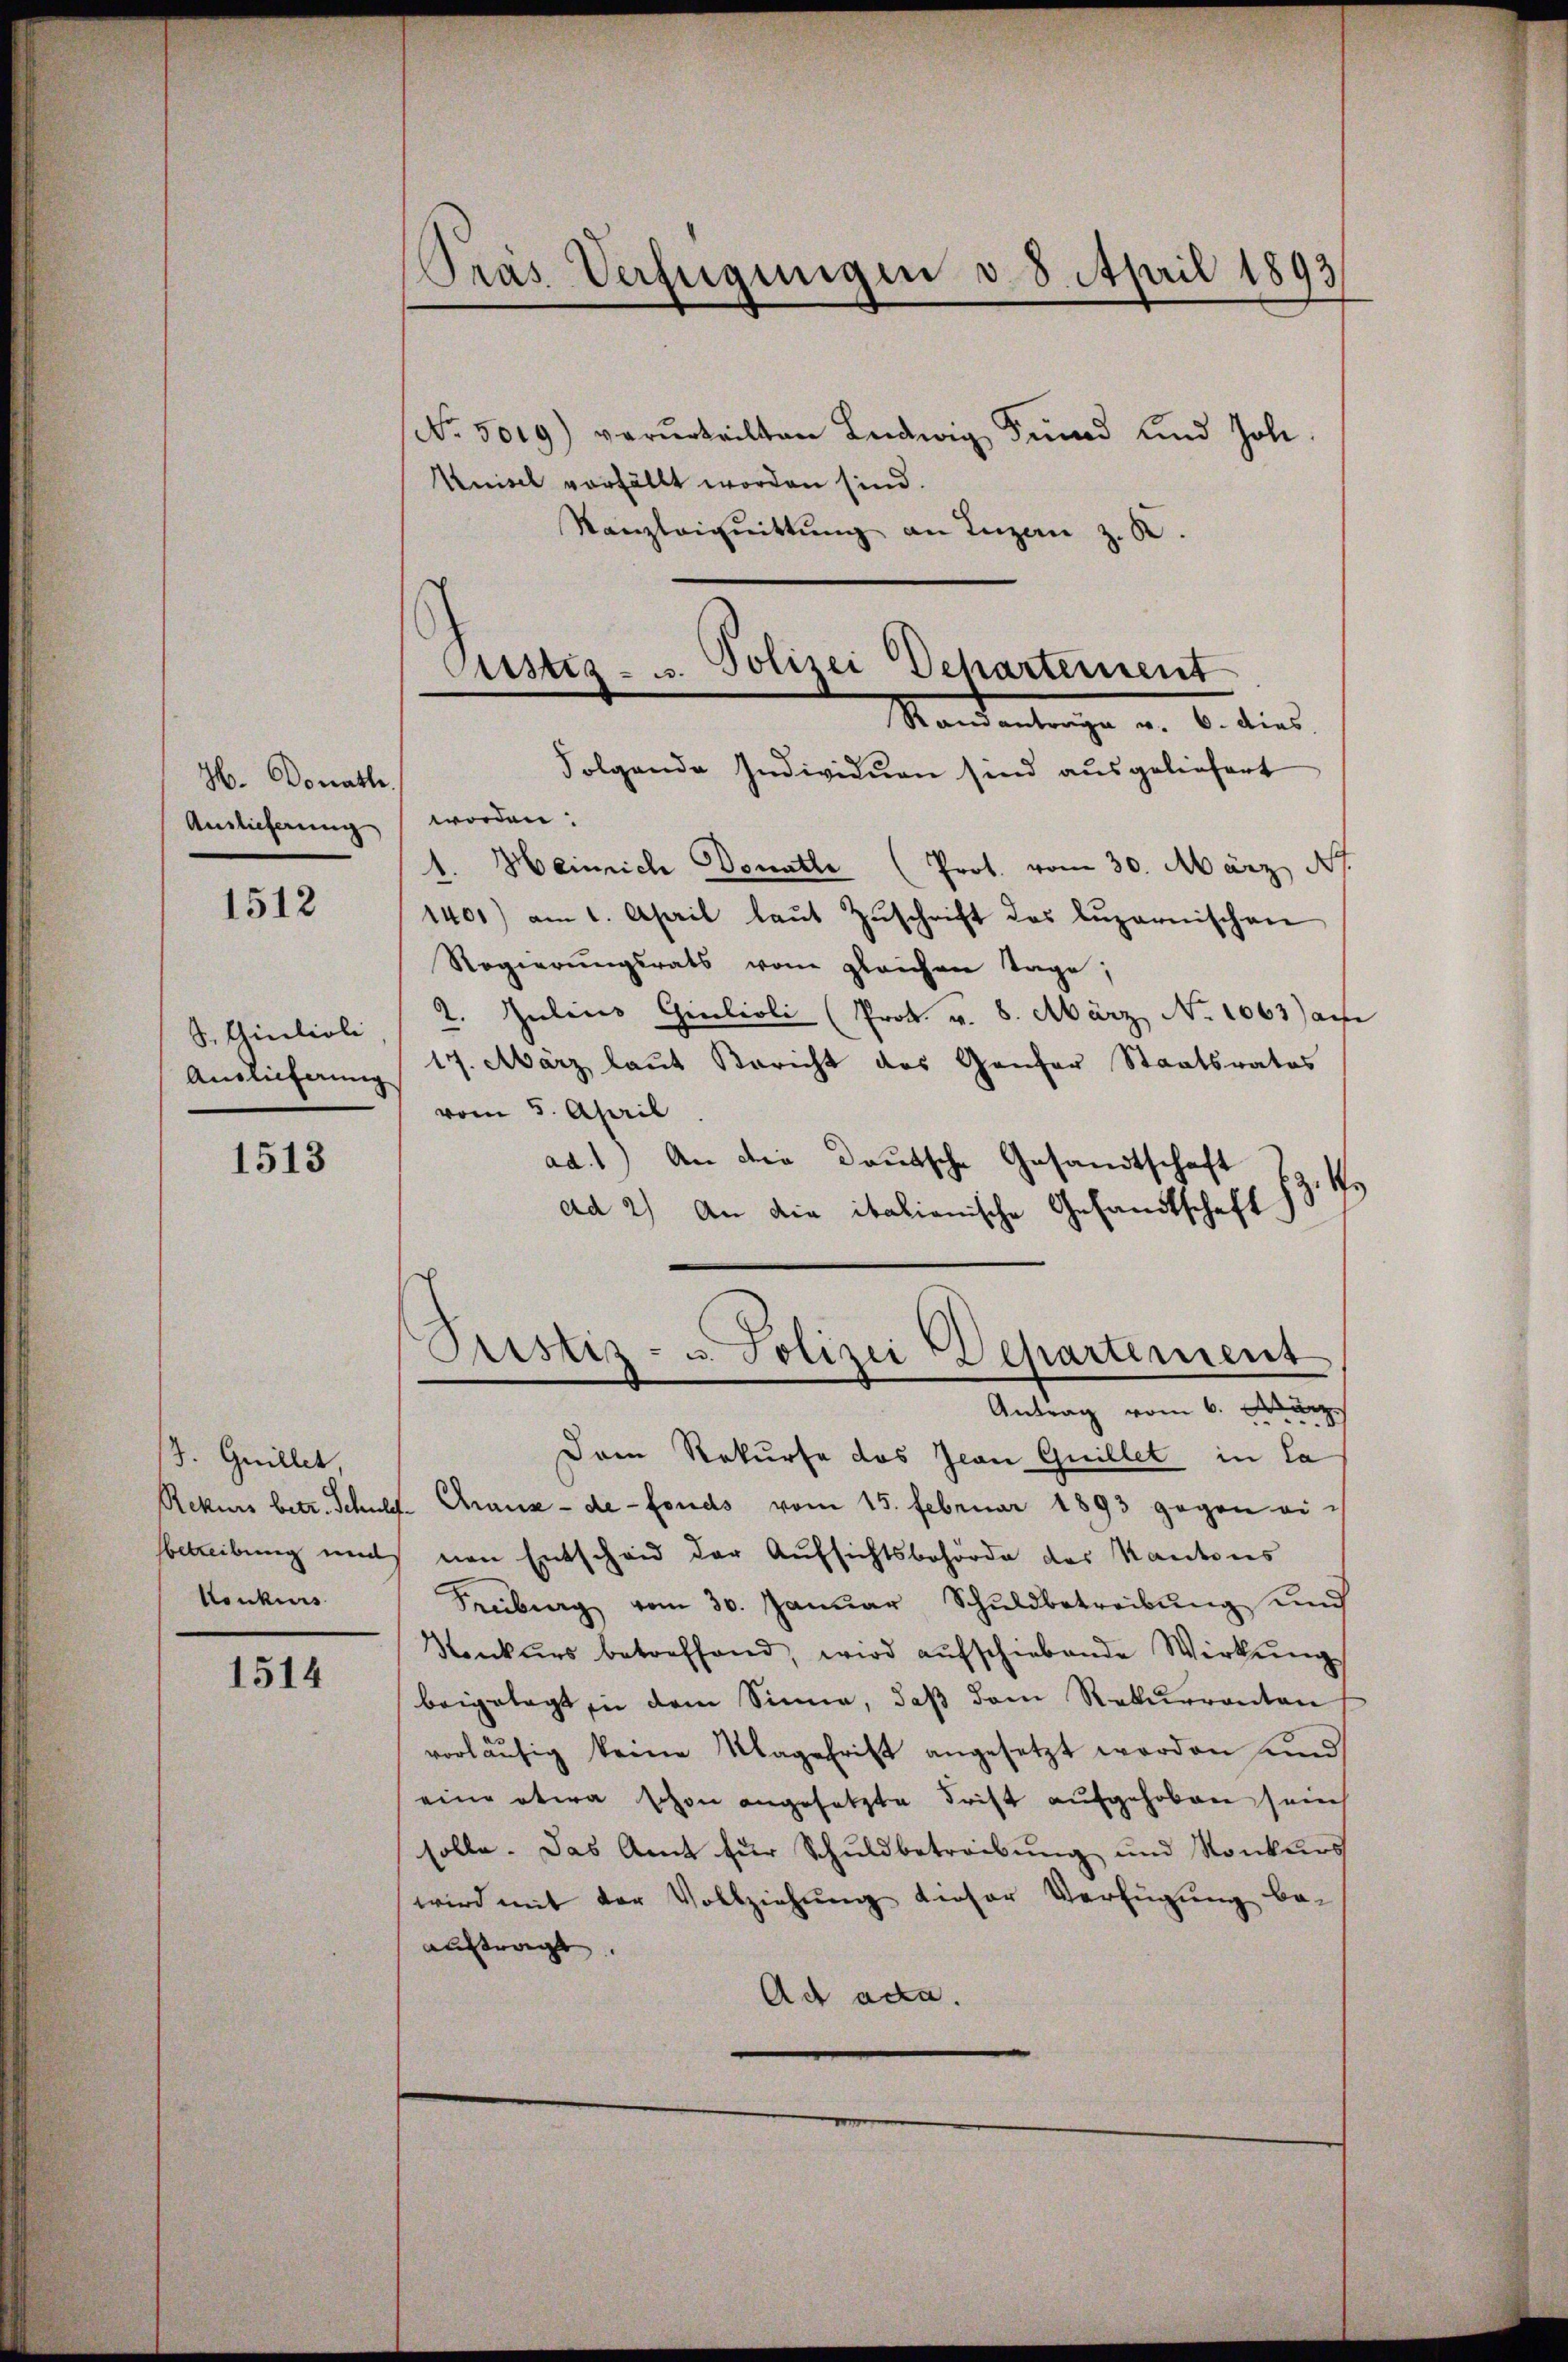
H. Donathe
Auslieferung

1512

J., Giulioli
Auslieferung

1513

J. Guillet,
betreibung und
Konkurs

1514

Pras Verfügungen v. 8. April 1893

No. 5019) verurteilten Ludwig Frŭnd und Joh.
Knisel vorfällt worden sind.
Kanzleignittŭng an Ingan z. B.
Folgende Individuen sind ausgeliefert
worden:
1. Heinrich Donathe (Prot. vom 30. März, Ns.
1400) am 1. April laŭt Zŭschrift des Lŭzernischen
Regierungsrats vom gleichen Tage,
2. Julius Giulioli (Prok. v. 8. März No 1063) au
17. März laut Bericht des Genfer Staatsrates
vom 5. April
ad.1) An die Deutsche Gesandtschaft
r
ad 2) An die italianische Gesandtschaft
Pustiz- u. Polizei Departement
Antrag vom 6. März
Dem Rekurse das Jean Guillet in la
Rekurs betr. Schuld- Chraus de fonds vom 15. Februar 1893 gegen einen Entscheid der Aufsichtsbehörde des Kantons
Freiburg vom 30. Janŭar Schuldbetreibŭng und
Konkurs betreffend, wird aŭfschiebende Wirkŭng
beigelegt in dem Sinne, daβ dem Rekurrenten
vorläŭfig keine Magschrift angesetzt worden und
eine etwa schon angesetzte Frist aufgehoben sein
solle. Das Amt für Schuldbetreibung und Konkurs
wird mit der Vollziehung dieser Verfügung be-
auftragt.
Ad acta.

Custiz- u. Polizei Dehartement
Mandantrage u. 6. dies